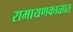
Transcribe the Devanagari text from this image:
रामायणकाळात